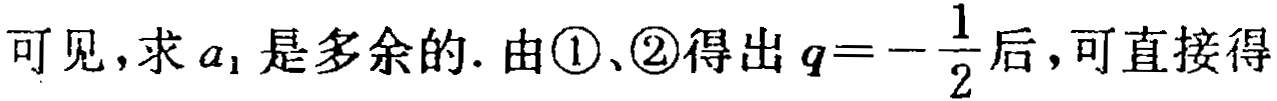
可见，求\(a_{1}\)是多余的. 由\textcircled{1}、\textcircled{2}得出\(q = -\frac{1}{2}\)后，可直接得